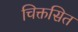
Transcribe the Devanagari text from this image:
चिक्तसित